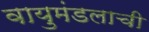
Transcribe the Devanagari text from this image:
वायुमंडलाची